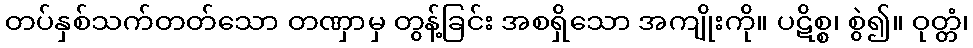
တပ်နှစ်သက်တတ်သော တဏှာမှ တွန့်ခြင်း အစရှိသော အကျိုးကို။ ပဋိစ္စ၊ စွဲ၍။ ဝုတ္တံ၊